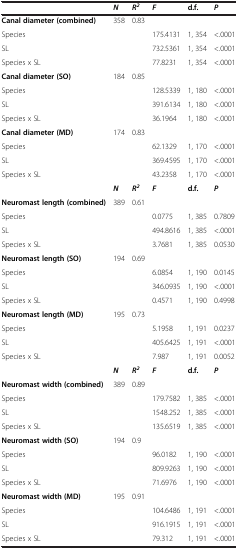
<table><thead><tr><td><b> </b></td><td><b><i>N</i></b></td><td><b><i>R</i><sup><i>2</i></sup></b></td><td><b><i>F</i></b></td><td><b>d.f.</b></td><td><b><i>P</i></b></td></tr></thead><tbody><tr><td><b>Canal diameter (combined)</b></td><td>358</td><td>0.83</td><td> </td><td> </td><td> </td></tr><tr><td>Species</td><td> </td><td> </td><td>175.4131</td><td>1, 354</td><td>&lt;.0001</td></tr><tr><td>SL</td><td> </td><td> </td><td>732.5361</td><td>1, 354</td><td>&lt;.0001</td></tr><tr><td>Species x SL</td><td> </td><td> </td><td>77.8231</td><td>1, 354</td><td>&lt;.0001</td></tr><tr><td><b>Canal diameter (SO)</b></td><td>184</td><td>0.85</td><td> </td><td> </td><td> </td></tr><tr><td>Species</td><td> </td><td> </td><td>128.5339</td><td>1, 180</td><td>&lt;.0001</td></tr><tr><td>SL</td><td> </td><td> </td><td>391.6134</td><td>1, 180</td><td>&lt;.0001</td></tr><tr><td>Species x SL</td><td> </td><td> </td><td>36.1964</td><td>1, 180</td><td>&lt;.0001</td></tr><tr><td><b>Canal diameter (MD)</b></td><td>174</td><td>0.83</td><td> </td><td> </td><td> </td></tr><tr><td>Species</td><td> </td><td> </td><td>62.1329</td><td>1, 170</td><td>&lt;.0001</td></tr><tr><td>SL</td><td> </td><td> </td><td>369.4595</td><td>1, 170</td><td>&lt;.0001</td></tr><tr><td>Species x SL</td><td> </td><td> </td><td>43.2358</td><td>1, 170</td><td>&lt;.0001</td></tr><tr><td> </td><td><b><i>N</i></b></td><td><b><i>R</i></b><sup><b><i>2</i></b></sup></td><td><b><i>F</i></b></td><td><b>d.f.</b></td><td><b><i>P</i></b></td></tr><tr><td><b>Neuromast length (combined)</b></td><td>389</td><td>0.61</td><td> </td><td> </td><td> </td></tr><tr><td>Species</td><td> </td><td> </td><td>0.0775</td><td>1, 385</td><td>0.7809</td></tr><tr><td>SL</td><td> </td><td> </td><td>494.8616</td><td>1, 385</td><td>&lt;.0001</td></tr><tr><td>Species x SL</td><td> </td><td> </td><td>3.7681</td><td>1, 385</td><td>0.0530</td></tr><tr><td><b>Neuromast length (SO)</b></td><td>194</td><td>0.69</td><td> </td><td> </td><td> </td></tr><tr><td>Species</td><td> </td><td> </td><td>6.0854</td><td>1, 190</td><td>0.0145</td></tr><tr><td>SL</td><td> </td><td> </td><td>346.0935</td><td>1, 190</td><td>&lt;.0001</td></tr><tr><td>Species x SL</td><td> </td><td> </td><td>0.4571</td><td>1, 190</td><td>0.4998</td></tr><tr><td><b>Neuromast length (MD)</b></td><td>195</td><td>0.73</td><td> </td><td> </td><td> </td></tr><tr><td>Species</td><td> </td><td> </td><td>5.1958</td><td>1, 191</td><td>0.0237</td></tr><tr><td>SL</td><td> </td><td> </td><td>405.6425</td><td>1, 191</td><td>&lt;.0001</td></tr><tr><td>Species x SL</td><td> </td><td> </td><td>7.987</td><td>1, 191</td><td>0.0052</td></tr><tr><td> </td><td><b><i>N</i></b></td><td><b><i>R</i></b><sup><b><i>2</i></b></sup></td><td><b><i>F</i></b></td><td><b>d.f.</b></td><td><b><i>P</i></b></td></tr><tr><td><b>Neuromast width (combined)</b></td><td>389</td><td>0.89</td><td> </td><td> </td><td> </td></tr><tr><td>Species</td><td> </td><td> </td><td>179.7582</td><td>1, 385</td><td>&lt;.0001</td></tr><tr><td>SL</td><td> </td><td> </td><td>1548.252</td><td>1, 385</td><td>&lt;.0001</td></tr><tr><td>Species x SL</td><td> </td><td> </td><td>135.6519</td><td>1, 385</td><td>&lt;.0001</td></tr><tr><td><b>Neuromast width (SO)</b></td><td>194</td><td>0.9</td><td> </td><td> </td><td> </td></tr><tr><td>Species</td><td> </td><td> </td><td>96.0182</td><td>1, 190</td><td>&lt;.0001</td></tr><tr><td>SL</td><td> </td><td> </td><td>809.9263</td><td>1, 190</td><td>&lt;.0001</td></tr><tr><td>Species x SL</td><td> </td><td> </td><td>71.6976</td><td>1, 190</td><td>&lt;.0001</td></tr><tr><td><b>Neuromast width (MD)</b></td><td>195</td><td>0.91</td><td> </td><td> </td><td> </td></tr><tr><td>Species</td><td> </td><td> </td><td>104.6486</td><td>1, 191</td><td>&lt;.0001</td></tr><tr><td>SL</td><td> </td><td> </td><td>916.1915</td><td>1, 191</td><td>&lt;.0001</td></tr><tr><td>Species x SL</td><td> </td><td> </td><td>79.312</td><td>1, 191</td><td>&lt;.0001</td></tr></tbody></table>